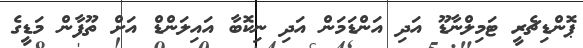
ޕޮންޑިޗެރީ ޓަމިލްނާޑޫ އަދި އަންޑަމަން އަދި ނިކޮބާ އައިލަންޑް އަށް ތޫފާން މަޑީގެ